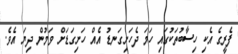
ފެރީގެ އެކި ހިސާބުތަކުގައި ހަމަ ދެހަށިގަނޑު އެއް ހަށިގަޑަށް ވަމުން ދިޔަ އެވެ.